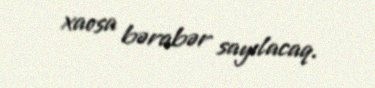
xaosa bərabər sayılacaq.